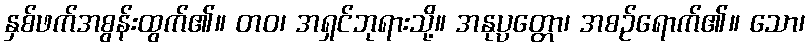
နှစ်ဖက်အစွန်းထွက်၏။ တဝ၊ အရှင်ဘုရားသို့။ အနုပ္ပတ္တော၊ အစဉ်ရောက်၏။ သော၊